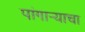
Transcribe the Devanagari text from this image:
पांगाऱ्याचा